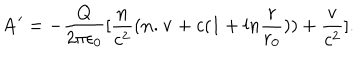
{ \bf A } ^ { \prime } = - { \frac { Q } { 2 \pi \epsilon _ { 0 } } } [ { \frac { \bf n } { c ^ { 2 } } } ( { \bf n . v } + c ( 1 + l n { \frac { r } { r _ { 0 } } } ) ) + { \frac { \bf v } { c ^ { 2 } } } ] .